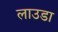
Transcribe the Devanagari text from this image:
लाउडा